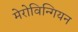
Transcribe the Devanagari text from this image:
मेरोविन्गियन